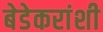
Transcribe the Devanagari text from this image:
बेडेकरांशी